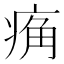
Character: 𰣮